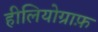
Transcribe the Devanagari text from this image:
हीलियोग्राफ़